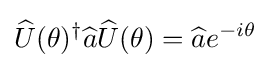
{\widehat {U}}(\theta )^{\dagger }{\widehat {a}}{\widehat {U}}(\theta )={\widehat {a}}e^{-i\theta }